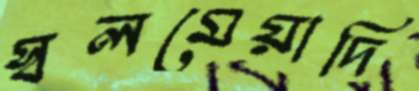
স্বলমেয়াদি